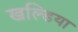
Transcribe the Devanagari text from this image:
खल्डिया